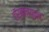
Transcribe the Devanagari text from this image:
हॉर्मोनयुक्त